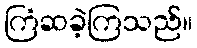
ကြံဆခဲ့ကြသည်။